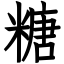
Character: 糖